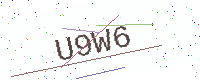
Text: U9W6